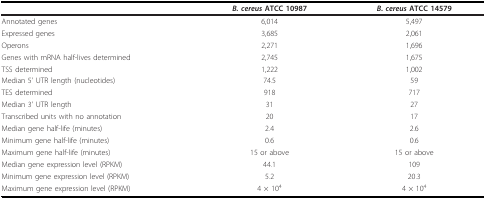
<table><thead><tr><td></td><td><b><i>B. cereus </i>ATCC 10987</b></td><td><b><i>B. cereus </i>ATCC 14579</b></td></tr></thead><tbody><tr><td>Annotated genes</td><td>6,014</td><td>5,497</td></tr><tr><td>Expressed genes</td><td>3,685</td><td>2,061</td></tr><tr><td>Operons</td><td>2,271</td><td>1,696</td></tr><tr><td>Genes with mRNA half-lives determined</td><td>2,745</td><td>1,675</td></tr><tr><td>TSS determined</td><td>1,222</td><td>1,002</td></tr><tr><td>Median 5&#x27; UTR length (nucleotides)</td><td>74.5</td><td>59</td></tr><tr><td>TES determined</td><td>918</td><td>717</td></tr><tr><td>Median 3&#x27; UTR length</td><td>31</td><td>27</td></tr><tr><td>Transcribed units with no annotation</td><td>20</td><td>17</td></tr><tr><td>Median gene half-life (minutes)</td><td>2.4</td><td>2.6</td></tr><tr><td>Minimum gene half-life (minutes)</td><td>0.6</td><td>0.6</td></tr><tr><td>Maximum gene half-life (minutes)</td><td>15 or above</td><td>15 or above</td></tr><tr><td>Median gene expression level (RPKM)</td><td>44.1</td><td>109</td></tr><tr><td>Minimum gene expression level (RPKM)</td><td>5.2</td><td>20.3</td></tr><tr><td>Maximum gene expression level (RPKM)</td><td>4 × 10<sup>4</sup></td><td>4 × 10<sup>4</sup></td></tr></tbody></table>